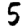
Digit: 5